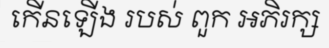
កើនឡើង របស់ ពួក អភិរក្ស